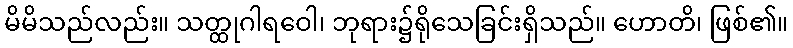
မိမိသည်လည်း။ သတ္ထုဂါရဝေါ၊ ဘုရား၌ရိုသေခြင်းရှိသည်။ ဟောတိ၊ ဖြစ်၏။